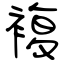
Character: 複